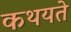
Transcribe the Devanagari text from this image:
कथयते